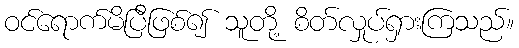
ဝင်ရောက်မိပြီဖြစ်၍ သူတို့ စိတ်လှုပ်ရှားကြသည်။